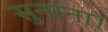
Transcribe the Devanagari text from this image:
सुनाना।